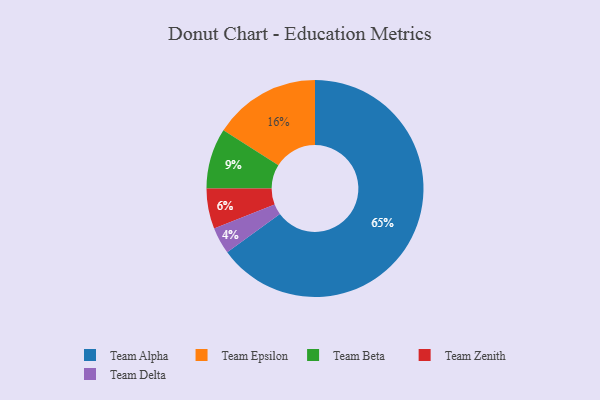
{"axis": {"x": "Category", "y": "Percentage"}, "legend": ["Team Alpha", "Team Beta", "Team Delta", "Team Epsilon", "Team Zenith"], "data": [{"x": "Team Delta", "y": 4, "type": "Team Delta"}, {"x": "Team Zenith", "y": 6, "type": "Team Zenith"}, {"x": "Team Beta", "y": 9, "type": "Team Beta"}, {"x": "Team Alpha", "y": 65, "type": "Team Alpha"}, {"x": "Team Epsilon", "y": 16, "type": "Team Epsilon"}]}